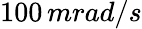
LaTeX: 100\, mrad/s